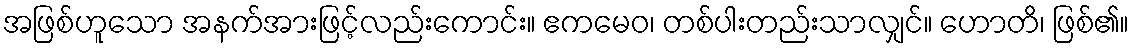
အဖြစ်ဟူသော အနက်အားဖြင့်လည်းကောင်း။ ဧကမေဝ၊ တစ်ပါးတည်းသာလျှင်။ ဟောတိ၊ ဖြစ်၏။